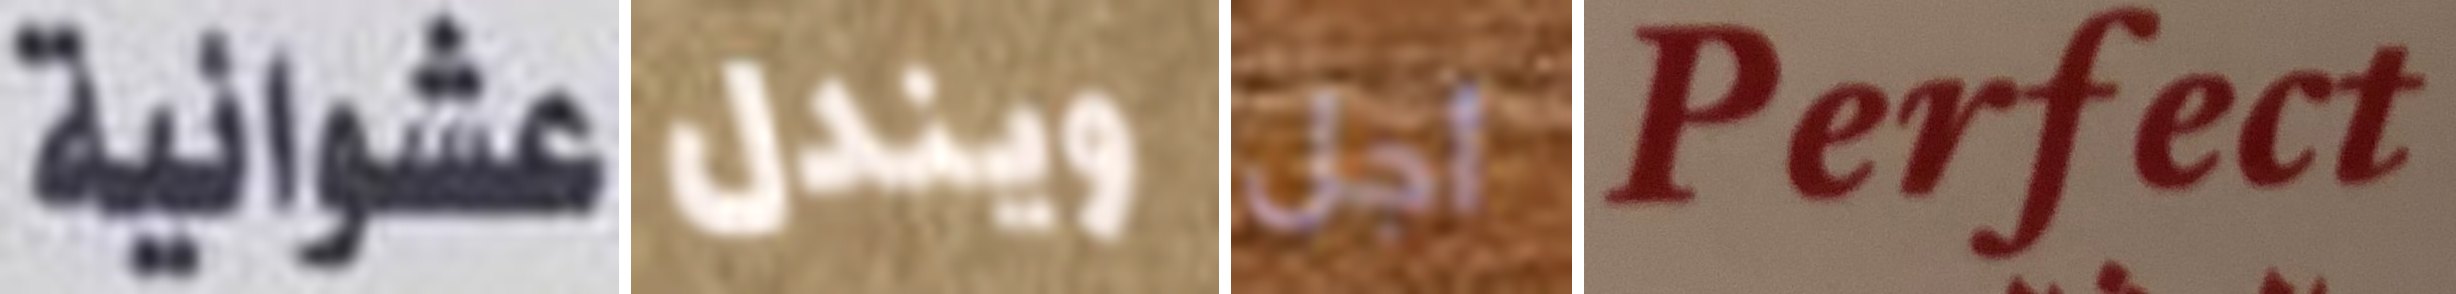
عشوائية ويندل أجل Perfect